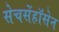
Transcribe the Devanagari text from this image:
सेचसेंहॉसेन